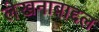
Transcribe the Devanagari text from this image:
लेखनाबाद्दल